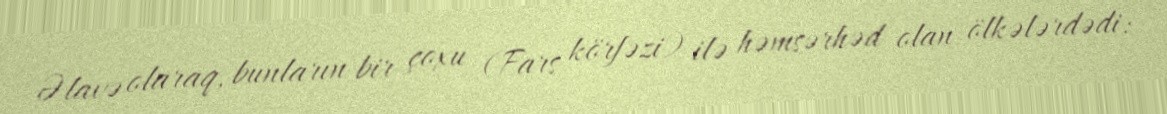
Əlavə olaraq, bunların bir çoxu (Fars körfəzi) ilə həmsərhəd olan ölkələrdədi: